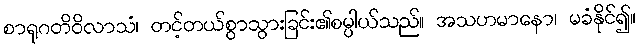
စာရုဂတိဝိလာသံ၊ တင့်တယ်စွာသွားခြင်း၏စမ္ပါယ်သည်။ အသဟမာနော၊ မခံနိုင်၍။